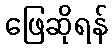
ဖြေဆိုရန်